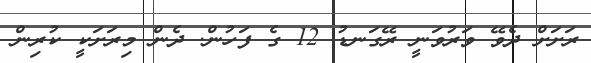
ރަށަށް ދެވޭ ވަރުވަނީ ރޭގަނޑު 12 ގެ ފަހުން. ދެން މިރަށަކީ ކުރިން